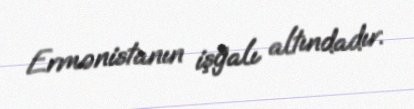
Ermənistanın işğalı altındadır.